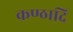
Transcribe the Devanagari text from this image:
कण्ठादि